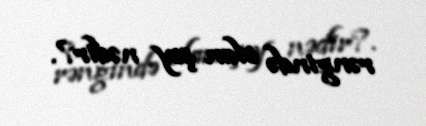
rəngində olan şey nədir?.